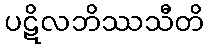
ပဋိလဘိဿသီတိ